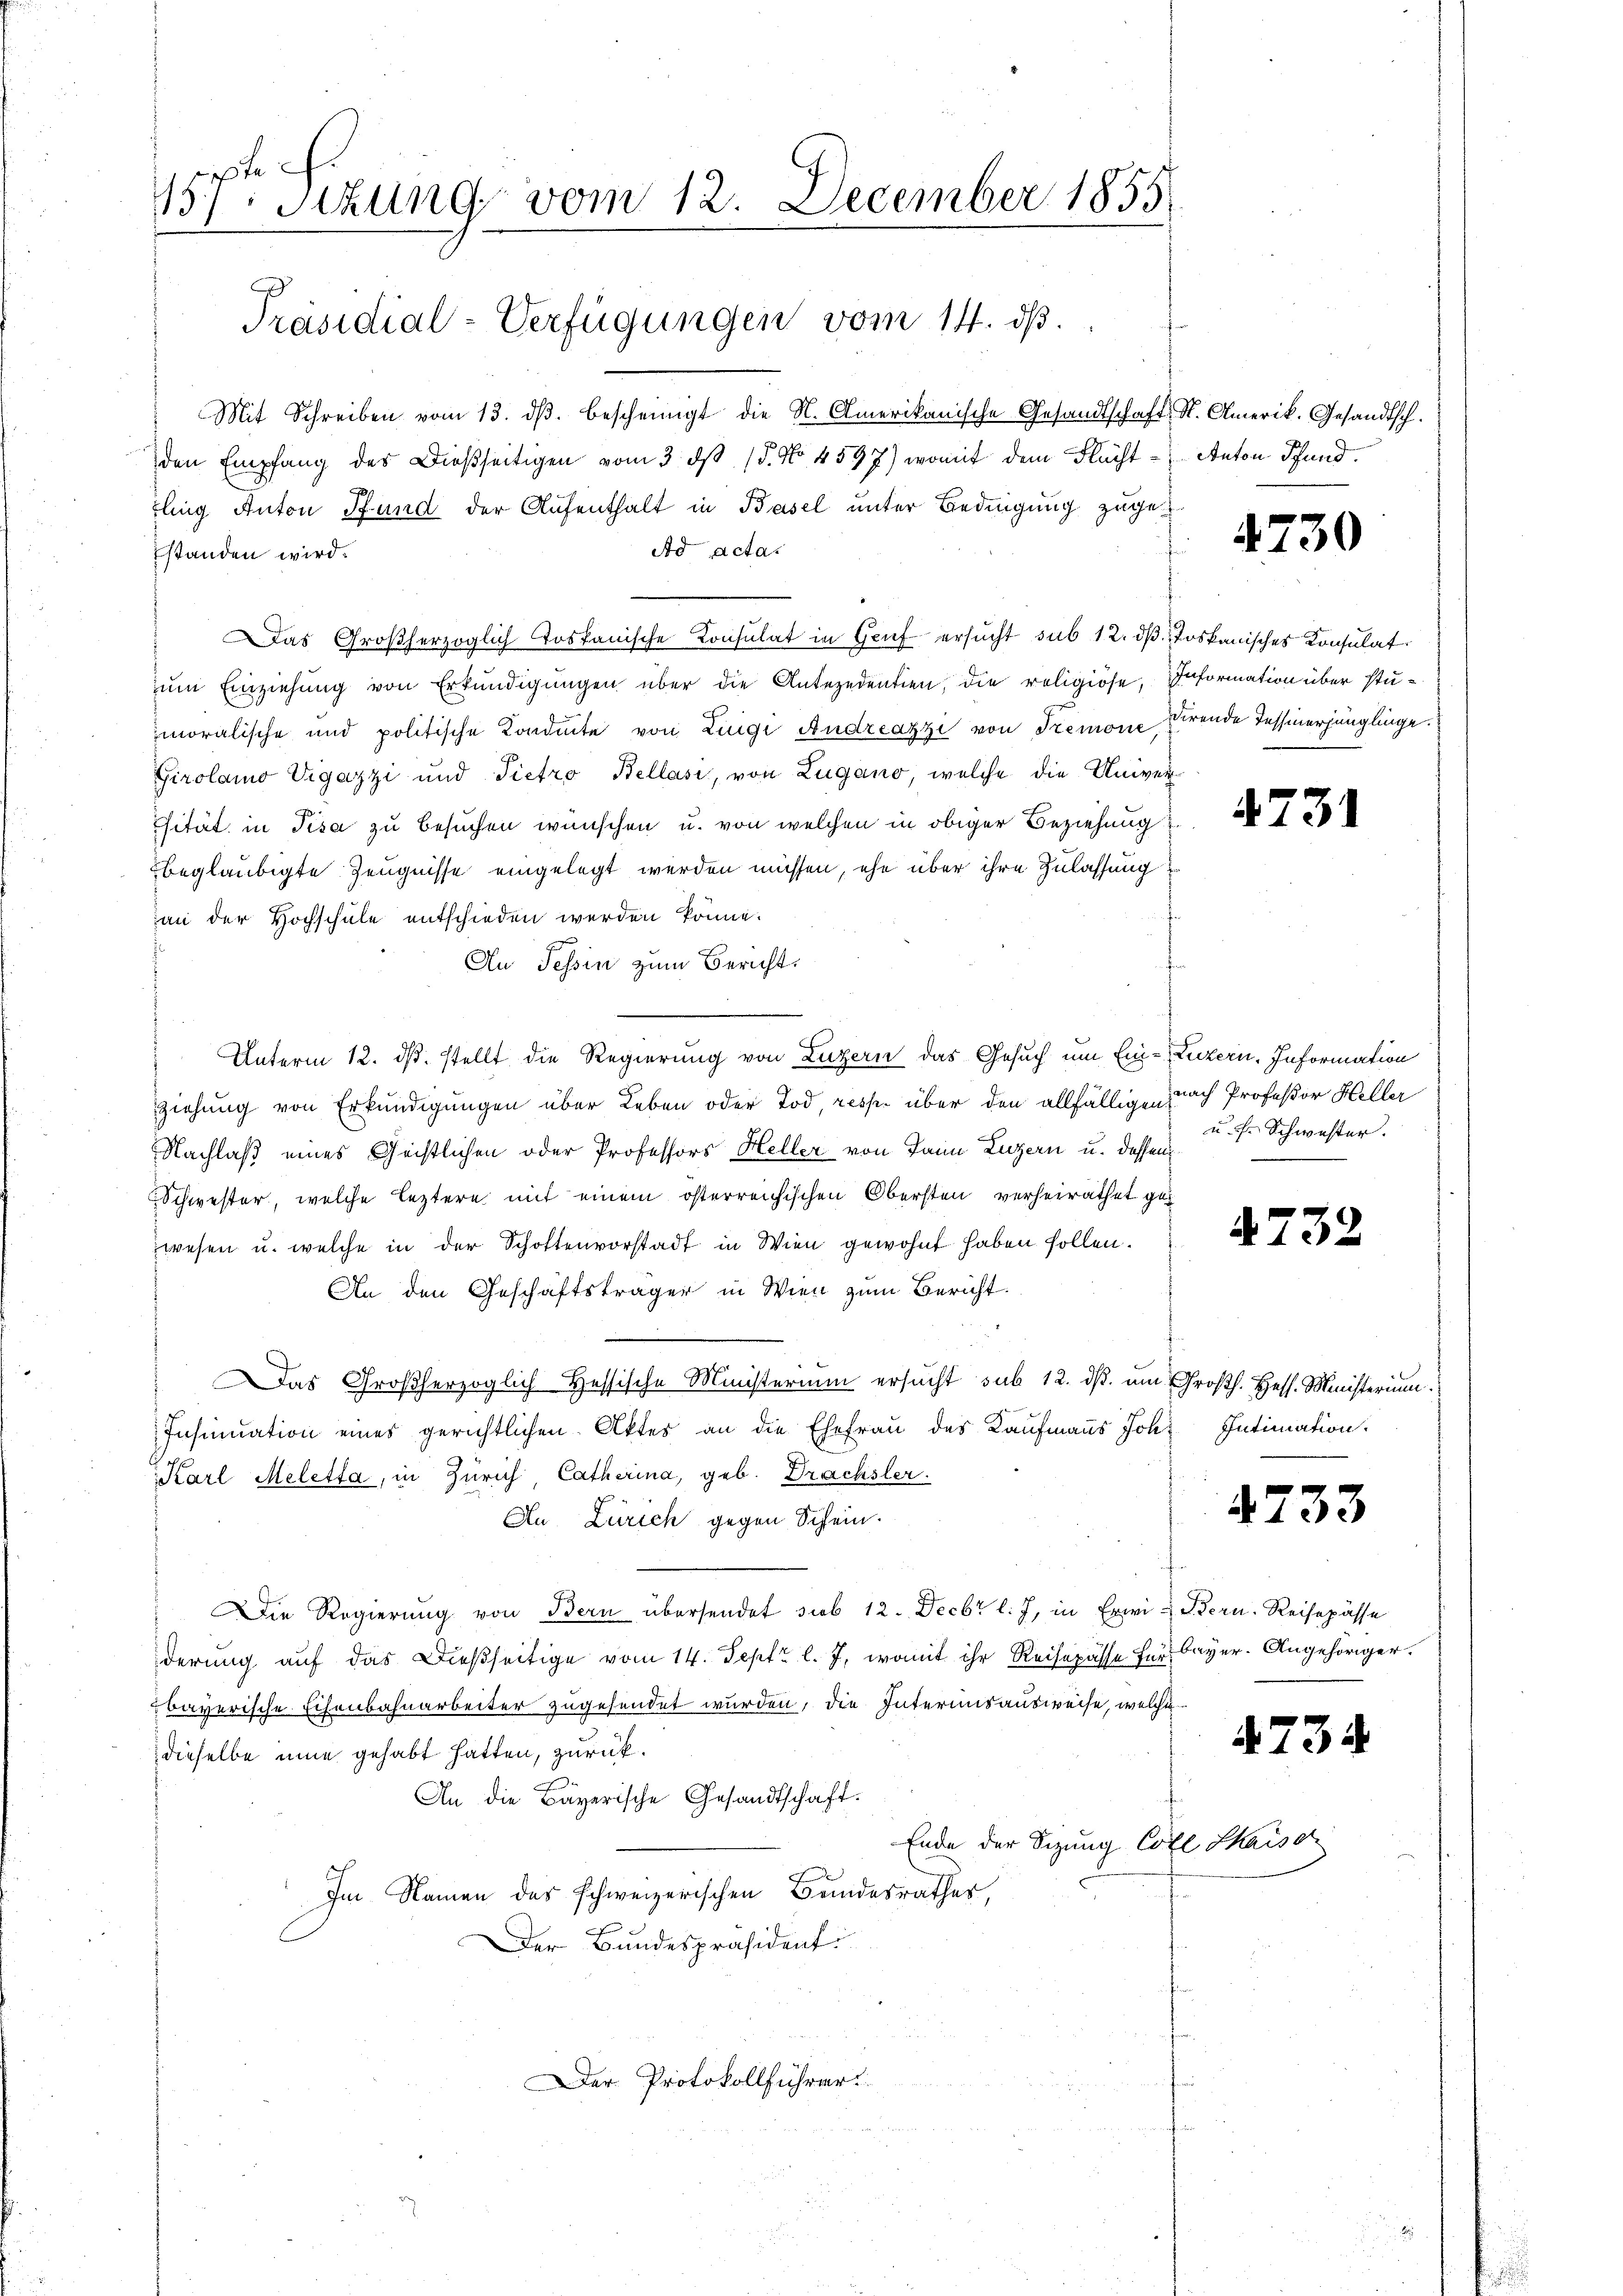
157ten Sitzung vom 12. December 1855
Präsidial-Verfügungen vom 14. dβ.

Mit Schreiben vom 13. dβ. bescheinigt die N. Amerikanische Gesandtschaft, St. Amerik. Gesandtsch.
den Empfang des Dießseitigen vom 3. ds 15. No 4597) womit dem Fluchtfling Anton Pfund der Aufenthalt in Basel unter Bedingung zuge
Ad Acta.
standen wird.
Das Großherzoglich Tostanische Konsulat in Genf ersucht sub 12. dβ toskanisches Konsulat
ŭm Einziehung von Erkundigungen über die Antezedentien, die religiöse, Information über stumoralische und politische Kondite von Luigi Andreazzi von Tremone dirende Tessinerjünglinge.
Girolamo Vigazzi und Pietro Bellasi, von Lugano, welche die Univer¬
Cität in Pisa zu besuchen wünschen u. von welchen in obiger Beziehung
beglaubigte Zeugnisse eingelegt werden müssen, ehe über ihre Zulassung
an der Hochschule entschieden werden könne.
An Tessin zum Bericht.
Unterm 12. ds. stellt die Regierung von Luzern das Gesuch um Ein-Luzern. Information
Ziehung von Erkundigungen über Leben oder Tod, resp. über den allfällige nach Professor Heller
Nachlaß eines Geistlichen oder Professors Heller von Dann Luzern u. dassen
Schwester, welche leztere mit einem österreichischen Obersten verheirathet gewesen u. welche in der Schottenvorstadt in Wien gewohnt haben sollen.
An den Geschäftsträger in Wien zum Bericht.
Das Großherzoglich Hessische Ministerium ersucht sub 12. ds. um Großh. Hess. Ministerium
Insinuation eines gerichtlichen Aktes an die Ehefrau des Kaufmanns Joh. Intimation.
Karl Meletta, in Zürich, Catharina, geb. Drachsler.
An Zürich gegen Schein.
Die Regierung von Bern übersendet sub 12. Decbr l. J. in Erwi- Stern. Reisepässe
derung auf das Dießseitige vom 14. Sept. l. J. womit ihr Reisepässe für bayer. Angehöriger.
bayerische Eisenbahnarbeiter zugesendet wurden, die Interimsausweise, welche
dieselbe inne gehabt hatten, zurück.
An die Bayerische Gesandtschaft.
Ende der Sitzung Coll Saiso
Im Namen des schweizerischen Bundesrathes,
Der Bundespräsident
Der Protokollführer

Anton Pfand.

4730

4731

u. s. Schwester.

4732

4733

4734